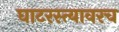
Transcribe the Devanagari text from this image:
घाटरस्त्यावरच